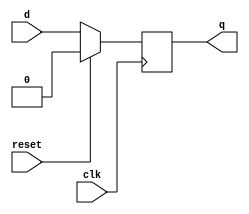
module FF(input clk,reset,d,output q);
    always @(posedge clk) begin
        if(reset)
            q<=1'b0;
        else
            q<=d;
    end
endmodule
module top_module (
    input clk,
    input reset,
    input [7:0] d,
    output [7:0] q
);
    generate
        genvar i;
        for(i=0;i<8;i++) begin: eightFF
            FF tmp(clk,reset,d[i],q[i]);
        end
    endgenerate

endmodule